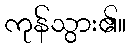
ကုန်သွား၏။